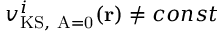
{ v _ { \mathrm { K S , ~ A = 0 } } ^ { i } ( \mathbf { r } ) } \neq { c o n s t }